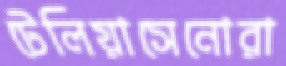
টেলিয়াসেনোরা